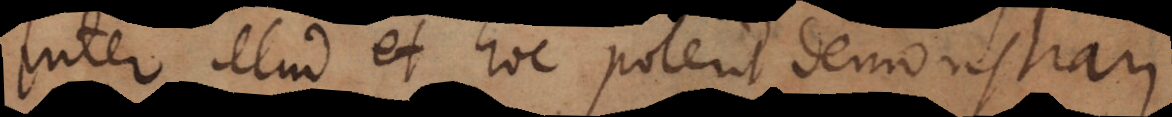
inter illud et hoc poterit demonstrar